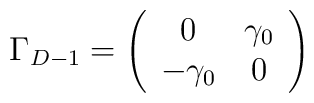
\Gamma_{D-1} = \left(\begin{array}{cc} 0 & \gamma_0\\ -\gamma_0 &0\end{array}\right)